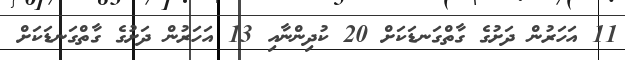
11 އަހަރުން ދަށުގެ ގާތްގަނޑަކަށް 20 ކުދިންނާއި 13 އަހަރުން ދަށުގެ ގާތްގަނޑަކަށް